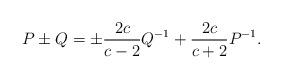
LaTeX: \begin{align*} P \pm Q= \pm\frac{2c}{c-2}Q^{-1}+\frac{2c}{c+2}P^{-1}.\end{align*}